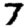
Digit: 7